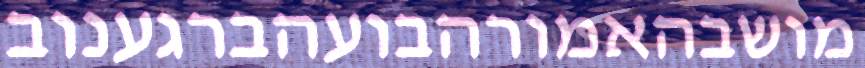
מושבהאמורהבועהברגענוב